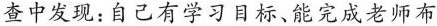
查中发现：自己有学习目标、能完成老师布